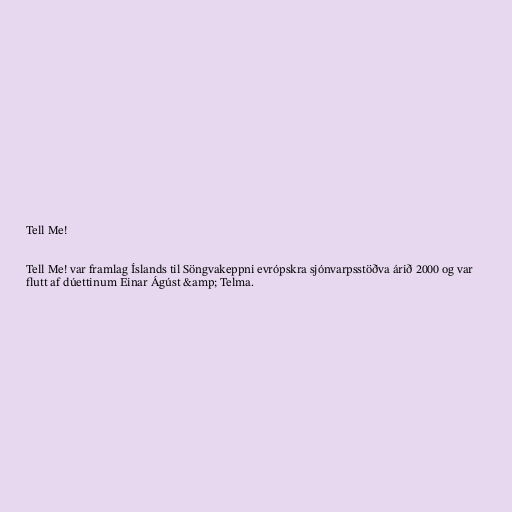
Tell Me!

Tell Me! var framlag Íslands til Söngvakeppni evrópskra sjónvarpsstöðva árið 2000 og var
flutt af dúettinum Einar Ágúst &amp; Telma.